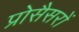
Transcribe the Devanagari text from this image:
प्रोसैसरों